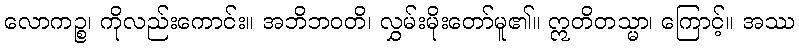
လောကဉ္စ၊ ကိုလည်းကောင်း။ အဘိဘဝတိ၊ လွှမ်းမိုးတော်မူ၏။ ဣတိတသ္မာ၊ ကြောင့်။ အဿ